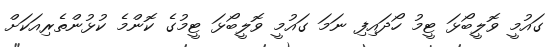
ގައުމީ ވޮލީބޯޅަ ޓީމު ހޯދައިފި ނަމަ ގައުމީ ވޮލީބޯޅަ ޓީމުގެ ކޮންމެ ކުޅުންތެރިއަކަށް